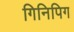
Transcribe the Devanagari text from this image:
गिनिपिग